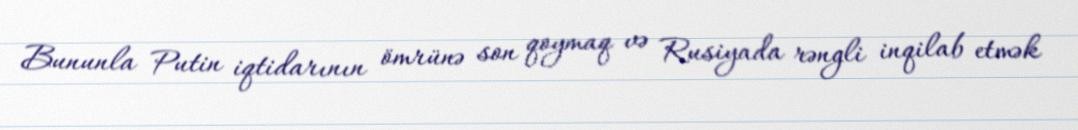
Bununla Putin iqtidarının ömrünə son qoymaq və Rusiyada rəngli inqilab etmək